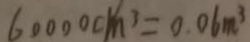
6 0 0 0 0 c m ^ { 3 } = 0 . 0 6 m ^ { 3 }